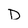
Character: D